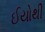
ઈયોથી